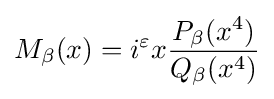
M_{\beta }(x)=i^{\varepsilon }x{\frac {P_{\beta }(x^{4})}{Q_{\beta }(x^{4})}}